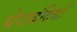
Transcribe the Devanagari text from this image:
घेराबंदियाँ